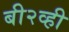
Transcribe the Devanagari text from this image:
बी२व्ही